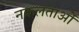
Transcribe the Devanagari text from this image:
नकलताओं